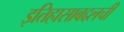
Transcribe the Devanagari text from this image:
इतिहासाबद्दलची